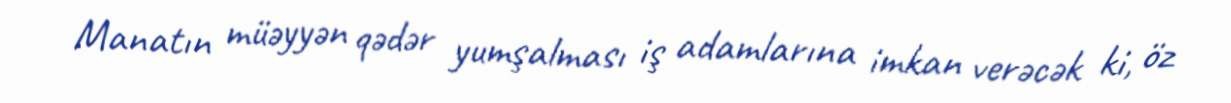
Manatın müəyyən qədər yumşalması iş adamlarına imkan verəcək ki, öz